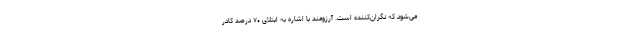
می‌شود که نگران‌کننده است. آرزومند با اشاره به ابتلای ۷۰ درصد کادر